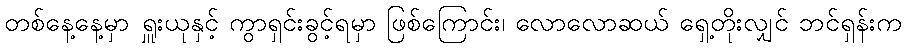
တစ်နေ့နေ့မှာ ရှူးယုနှင့် ကွာရှင်းခွင့်ရမှာ ဖြစ်ကြောင်း၊ လောလောဆယ် ရှေ့တိုးလျှင် ဘင်ရှန်းက